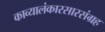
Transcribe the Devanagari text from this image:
काव्यालंकारसारसंग्रह